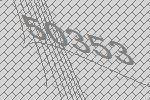
50353